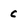
Character: c